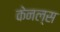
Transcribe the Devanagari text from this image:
केनल्स